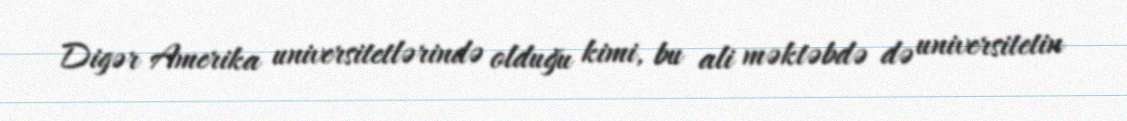
Digər Amerika universitetlərində olduğu kimi, bu ali məktəbdə də universitetin